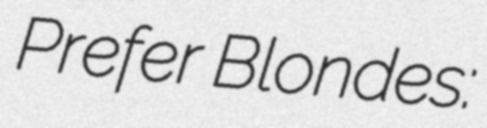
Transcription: Prefer Blondes: